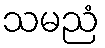
သမညံ